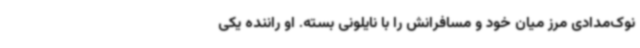
نوک‌مدادی مرز میان خود و مسافرانش را با نایلونی بسته. او راننده یکی